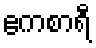
ဧကစာရီ